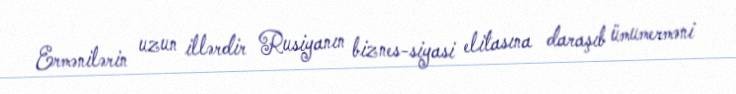
Ermənilərin uzun illərdir Rusiyanın biznes-siyasi elitasına daraşıb ümumerməni